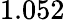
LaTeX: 1.052